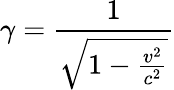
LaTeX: \gamma=\frac{1}{\sqrt{1-\frac{v^{2}}{c^{2}}}}